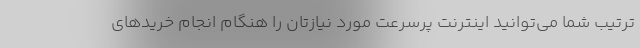
ترتیب شما می‌توانید اینترنت پرسرعت مورد نیازتان را هنگام انجام خریدهای